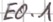
Text: E0.1